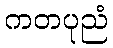
ကတပုညံ